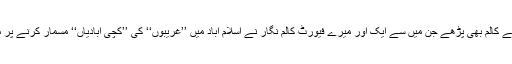
جنہیں پڑھنے کے قابل سمجھتا ہوں ان سب کے کالم بھی پڑھے جن میں سے ایک اور میرے فیورٹ کالم نگار نے اسلام آباد میں ’’غریبوں‘‘ کی ’’کچی آبادیاں‘‘ مسمار کرنے پر موجودہ حکومت کو طنز کا نشانہ بنایا ہوا تھا۔